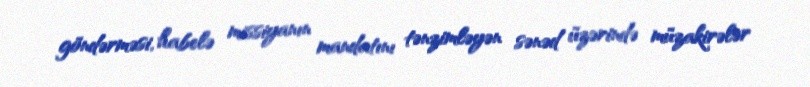
göndərməsi, habelə missiyanın mandatını tənzimləyən sənəd üzərində müzakirələr